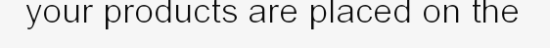
your products are placed on the